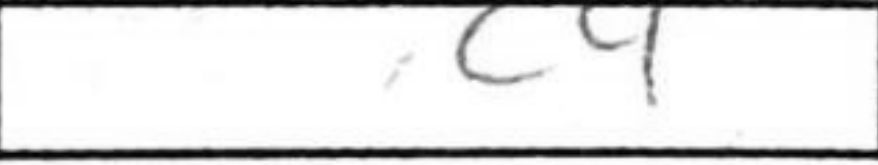
Transcription: c4